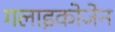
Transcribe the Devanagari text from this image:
गलाइकोजेन